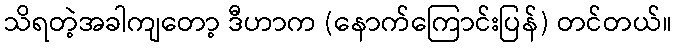
သိရတဲ့အခါကျတော့ ဒီဟာက (နောက်ကြောင်းပြန်) တင်တယ်။